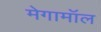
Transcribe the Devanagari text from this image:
मेगामॉल